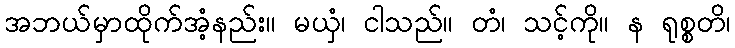
အဘယ်မှာထိုက်အံ့နည်း။ မယှံ၊ ငါသည်။ တံ၊ သင့်ကို။ န ရုစ္စတိ၊